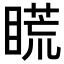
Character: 𥉂